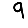
Digit: 9